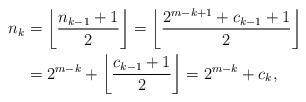
\begin{align*}n_k & = \left\lfloor\frac{n_{k-1}+1}{2}\right\rfloor = \left\lfloor\frac{2^{m-k+1}+c_{k-1} + 1}{2}\right\rfloor\\ & = 2^{m-k} + \left\lfloor\frac{c_{k-1} + 1}{2}\right\rfloor = 2^{m-k} + c_k,\end{align*}